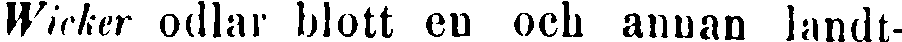
Wicker odlar blott en och annan landt-